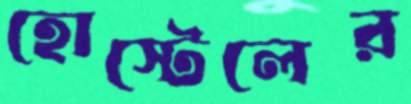
হোস্টেলের